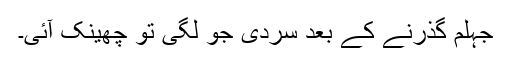
جہلم گذرنے کے بعد سردی جو لگی تو چھینک آئی۔